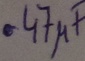
Text: .47µF